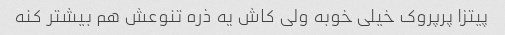
پیتزا پرپروک خیلی خوبه ولی کاش یه ذره تنوعش هم بیشتر کنه